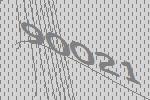
90021